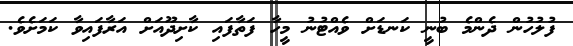
ފުލުހުން ދެންމެ ބުނީ ކަނޑަށް ވެއްޓުނު މީހާ ފަތާފައި ކާށިދޫއަށް އަރާފައިވާ ކަމަށެވެ.